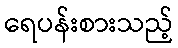
ရေပန်းစားသည့်